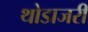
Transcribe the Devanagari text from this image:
थोडाजरी